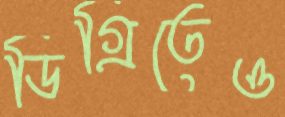
ডিগ্রিতেও